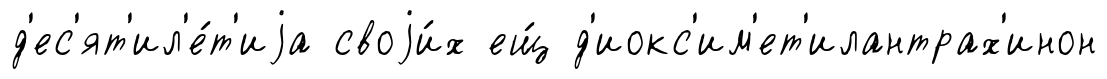
д'ес'ят'ил'е́т'иjа своjи́х ещ́ д'иокс'им'ет'илантрах'инон